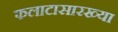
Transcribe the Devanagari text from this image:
फलाटासारख्या